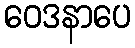
ဝေဒနာပေ